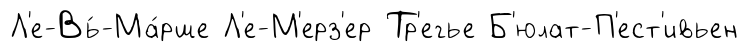
Л'е-Вь́-Ма́рше Л'е-М'ерз'ер Тр'егье Б'юлат-П'ест'ивьен